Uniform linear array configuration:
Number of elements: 24
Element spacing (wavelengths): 0.75
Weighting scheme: kaiser
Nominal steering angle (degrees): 15
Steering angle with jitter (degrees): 14.865
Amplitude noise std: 0.05
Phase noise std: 0.05

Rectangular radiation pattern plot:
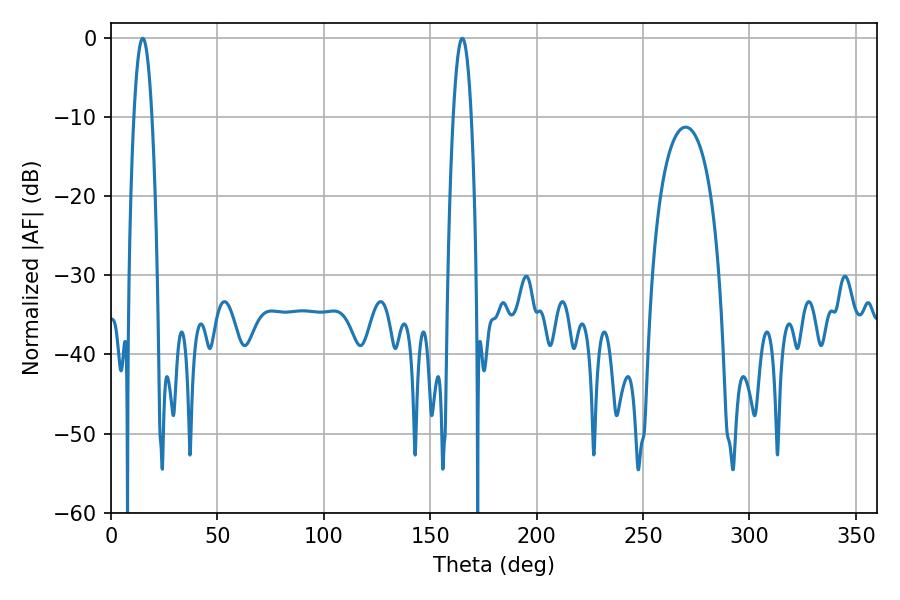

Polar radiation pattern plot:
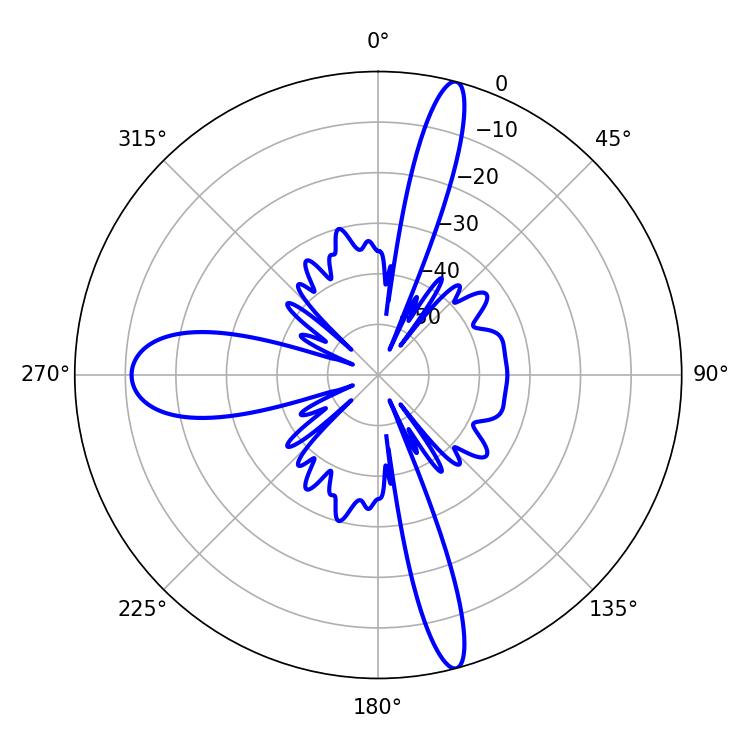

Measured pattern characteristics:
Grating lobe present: TRUE
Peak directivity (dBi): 18.874
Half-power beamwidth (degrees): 4.68
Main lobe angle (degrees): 14.94